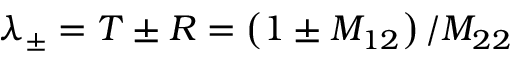
\lambda _ { \pm } = T \pm R = \left( 1 \pm M _ { 1 2 } \right) / M _ { 2 2 }